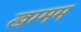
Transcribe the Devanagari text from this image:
खम्‍मम